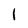
Character: 1